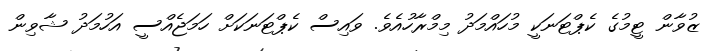
ޒުވާން ޓީމުގެ ކެޕްޓަނަކީ މުހައްމަދު މިމްރާހުއެވެ. ވައިސް ކެޕްޓަނަކަށް ހަމަޖެއްސީ އަހުމަދު ޝާވިން